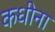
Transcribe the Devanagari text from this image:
कधीना